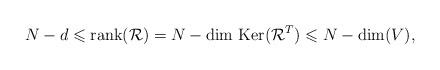
LaTeX: \begin{align*}N-d\leqslant\hbox{rank} (\mathcal R) = N - \hbox{dim Ker} (\mathcal R^T) \leqslant N - \hbox{dim}(V),\end{align*}